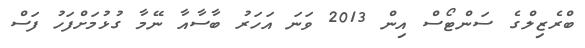
ބްރެޒިލްގެ ސަންޓޯސް އިން 2013 ވަނަ އަހަރު ބާސާއާ ނޭމާ ގުޅުމަށްފަހު ފަސް